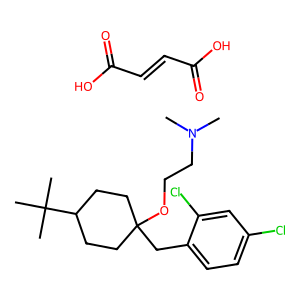
SMILES: CN(C)CCOC1(Cc2ccc(Cl)cc2Cl)CCC(C(C)(C)C)CC1.O=C(O)C=CC(=O)O
Inhibits HIV replication: No